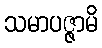
သမာပဇ္ဇာမိ